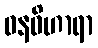
ဝနဝိဟာရာ